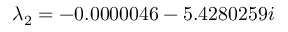
\lambda _ { 2 } = - 0 . 0 0 0 0 0 4 6 - 5 . 4 2 8 0 2 5 9 i